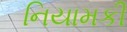
નિયામકી